Vaccination in Burma 1920-1933 - 1920-1933
Year: 1920
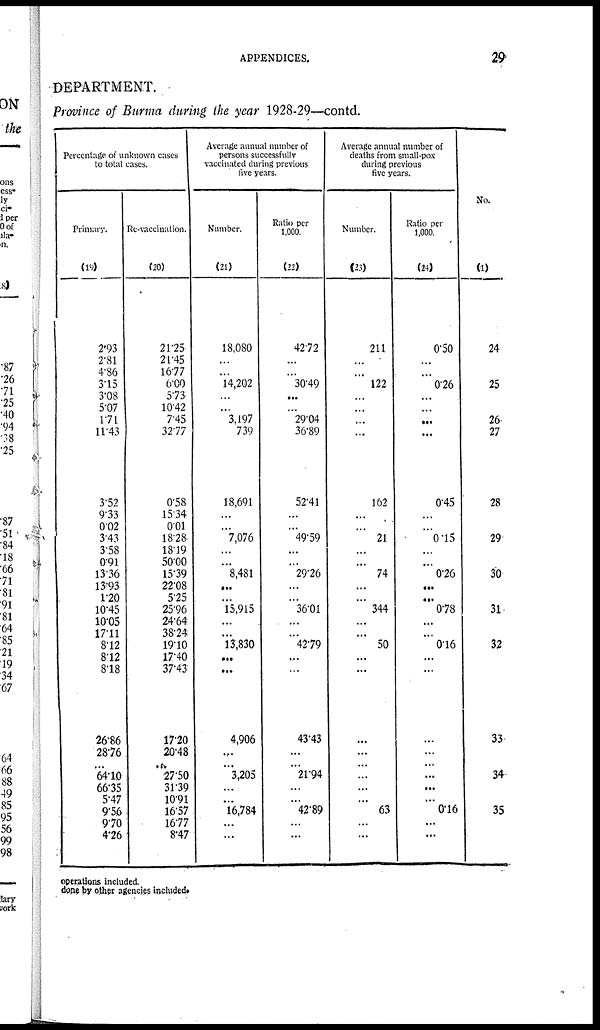
APPENDICES.
29
DEPARTMENT.
Province of Burma during the year 1928-29—contd.
Percentage of unknown cases
to total cases.
Primary.
(19)
2.93
2.81
4.86
3.15
3.08
5.07
1.71
11.43
3.52
9.33
0.02
3.43
3.58
0.91
13.36
13.93
1.20
10.45
10.05
17.11
8.12
8.12
8.18
26.86
28.76
...
64.10
66.35
5.47
9.56
9.70
4.26
Re-vaccination.
(20)
21.25
21.45
16.77
6.00
5.73
10.42
7.45
32.77
0.58
15.34
0.01
18.28
18.19
50.00
15.39
22.08
5.25
25.96
24.64
38.24
19.10
17.40
37.43
17.20
20.48
...
27.50
31.39
10.91
16.57
16.77
8.47
Average annual number of
persons successfully
vaccinated during previous
five years.
Number.
(21)
18,080
...
...
14,202
...
...
3,197
739
18,691
...
...
7,076
...
...
8,481
...
...
15,915
...
...
13,830
...
...
4,906
...
...
3,205
...
...
16,784
...
...
Ratio per
1,000.
(22)
42.72
...
...
30.49
...
...
29.04
36.89
52.41
...
...
49.59
...
...
29.26
...
...
36.01
...
...
42.79
...
...
43.43
...
...
21.94
...
...
42.89
...
...
Average annual number of
deaths from small-pox
during previous
five years.
Number.
(23)
211
...
...
122
...
...
...
...
162
...
...
21
...
...
74
...
...
344
...
...
50
...
...
...
...
...
...
...
...
63
...
...
Ratio per
1,000.
(24)
0.50
...
...
0.26
...
...
...
...
0.45
...
...
0.15
...
...
0.26
...
...
0.78
...
...
0.16
...
...
...
...
...
...
...
...
0.16
...
...
No.
(1)
24
25
26
27
28
29
30
31
32
33
34
35
operations included.
done by other agencies included.